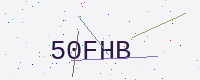
Text: 50FHB